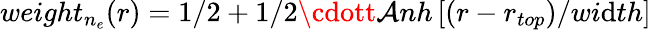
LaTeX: weight_{n_{e}}(r)=1/2+1/2\cdott\mathcal{A}nh\left[(r-r_{top})/wi\mathrm{d}th\right]